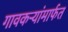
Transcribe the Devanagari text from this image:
गावकऱ्यांमार्फत